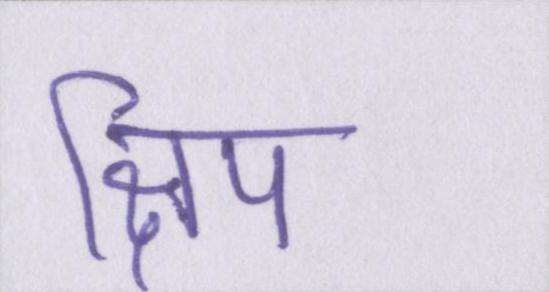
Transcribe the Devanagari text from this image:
क्षिप